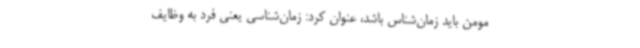
مومن باید زمان‌شناس باشد، عنوان کرد: زمان‌شناسی یعنی فرد به وظایف